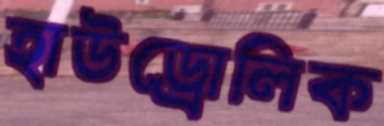
হাউড্রোলিক